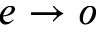
e \rightarrow o